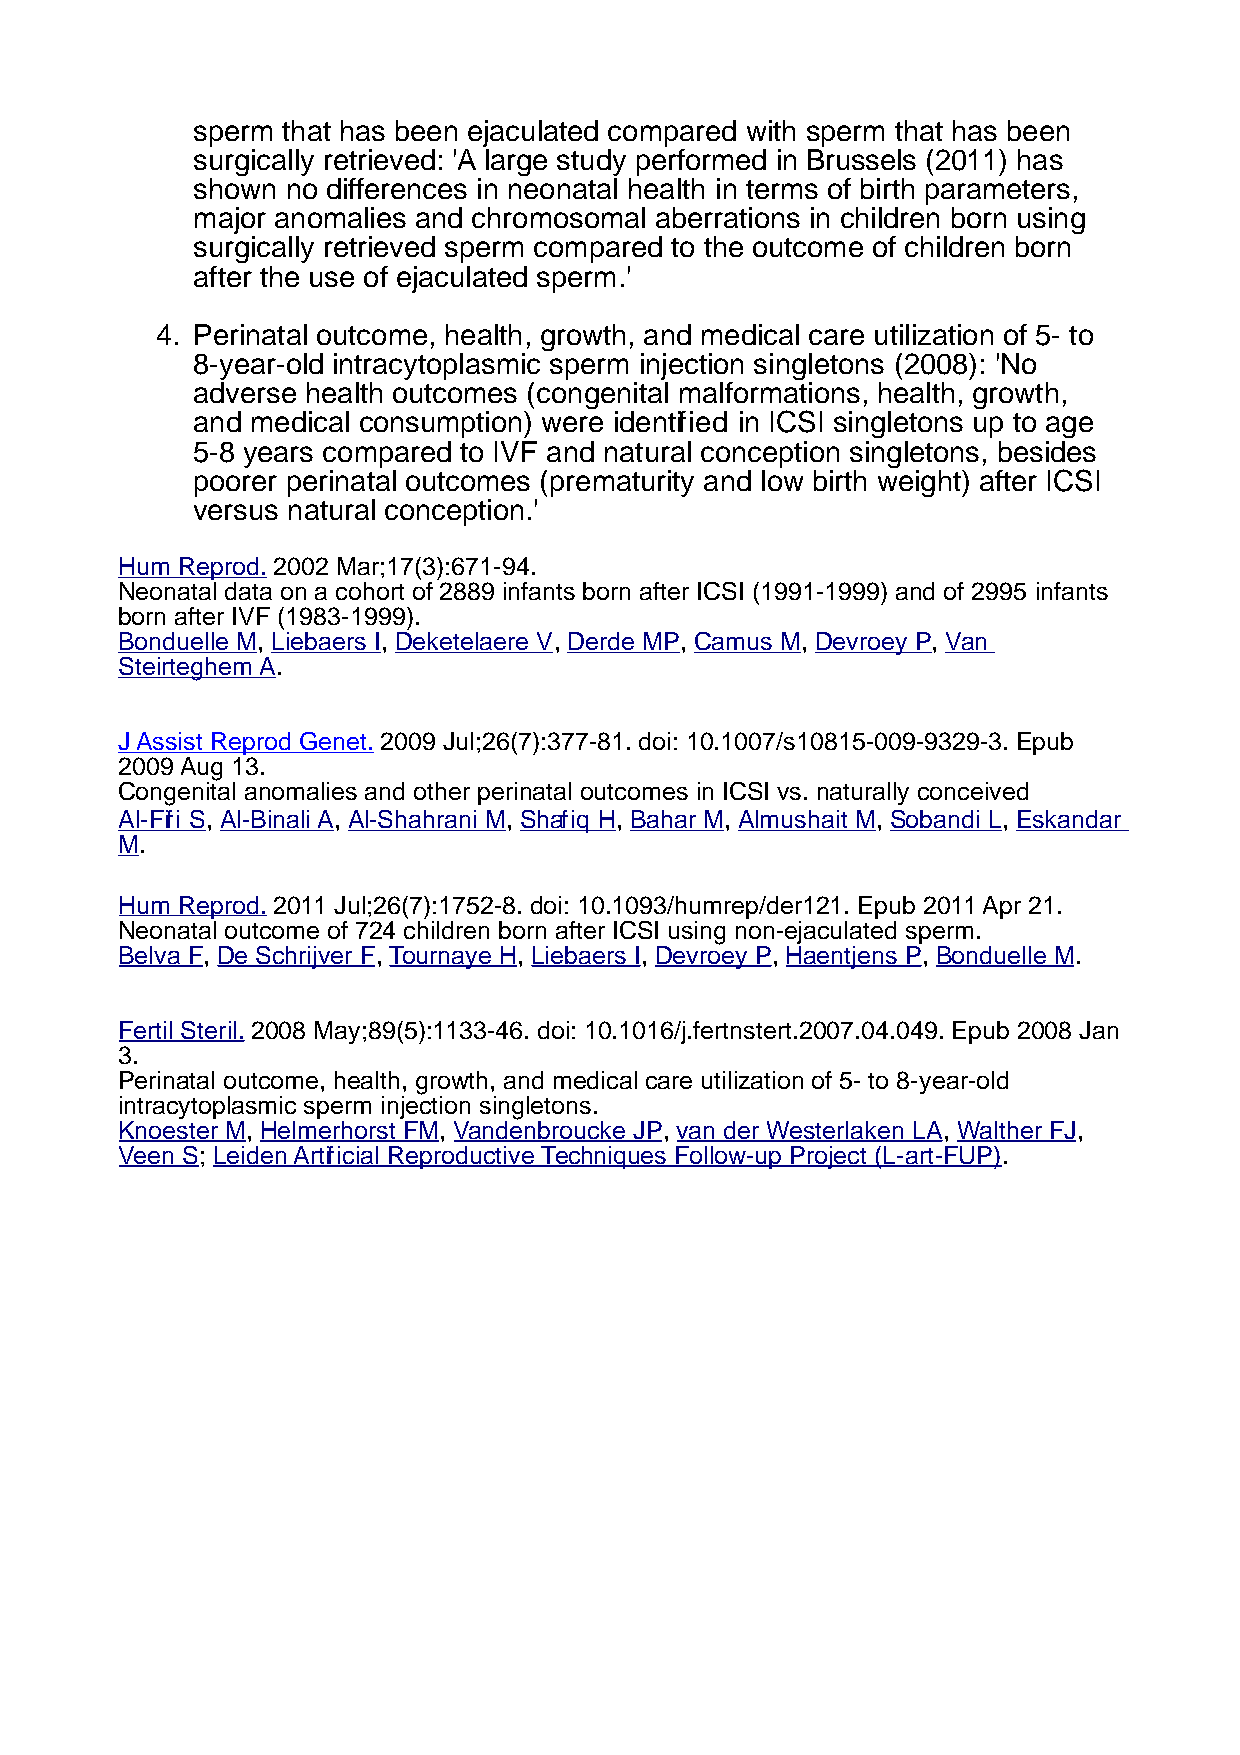
sperm that has been ejaculated compared with sperm that has been
 surgically retrieved: 'A large study performed in Brussels (2011) has
 shown no differences in neonatal health in terms of birth parameters,
 major anomalies and chromosomal aberrations in children born using
 surgically retrieved sperm compared to the outcome of children born
 after the use of ejaculated sperm.'
 4. Perinatal outcome, health, growth, and medical care utilization of 5- to
 8-year-old intracytoplasmic sperm injection singletons (2008): 'No
 adverse health outcomes (congenital malformations, health, growth,
 and medical consumption) were identified in ICSI singletons up to age
 5-8 years compared to IVF and natural conception singletons, besides
 poorer perinatal outcomes (prematurity and low birth weight) after ICSI
 versus natural conception.'
 Hum Reprod. 2002 Mar;17(3):671-94.
 Neonatal data on a cohort of 2889 infants born after ICSI (1991-1999) and of 2995 infants
 born after IVF (1983-1999).
 Bonduelle M, Liebaers I, Deketelaere V, Derde MP, Camus M, Devroey P, Van
 Steirteghem A.
 J Assist Reprod Genet. 2009 Jul;26(7):377-81. doi: 10.1007/s10815-009-9329-3. Epub
 2009 Aug 13.
 Congenital anomalies and other perinatal outcomes in ICSI vs. naturally conceived
 Al-Fifi S, Al-Binali A, Al-Shahrani M, Shafiq H, Bahar M, Almushait M, Sobandi L, Eskandar
 M.
 Hum Reprod. 2011 Jul;26(7):1752-8. doi: 10.1093/humrep/der121. Epub 2011 Apr 21.
 Neonatal outcome of 724 children born after ICSI using non-ejaculated sperm.
 Belva F, De Schrijver F, Tournaye H, Liebaers I, Devroey P, Haentjens P, Bonduelle M.
 Fertil Steril. 2008 May;89(5):1133-46. doi: 10.1016/j.fertnstert.2007.04.049. Epub 2008 Jan
 3.
 Perinatal outcome, health, growth, and medical care utilization of 5- to 8-year-old
 intracytoplasmic sperm injection singletons.
 Knoester M, Helmerhorst FM, Vandenbroucke JP, van der Westerlaken LA, Walther FJ,
 Veen S; Leiden Artificial Reproductive Techniques Follow-up Project (L-art-FUP).